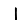
Digit: 1